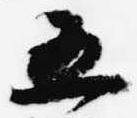
五